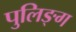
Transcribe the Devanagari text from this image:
पुलिङ्ग